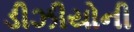
ડીઝીયોની